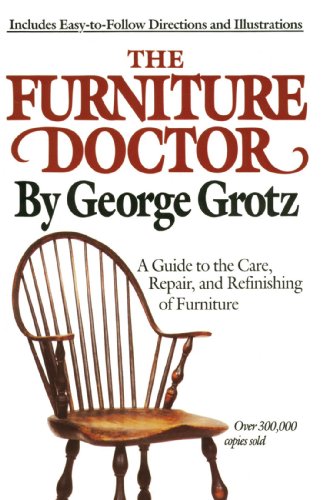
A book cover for The Furniture Doctor; George Grotz; Crafts, Hobbies & Home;